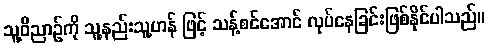
သူ့ဝိညာဉ်ကို သူ့နည်းသူ့ဟန် ဖြင့် သန့်စင်အောင် လုပ်နေခြင်းဖြစ်နိုင်ပါသည်။